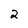
Character: 2